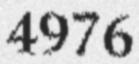
4976